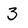
Character: 3